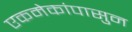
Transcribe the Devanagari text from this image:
एकमेकांपासुन